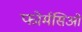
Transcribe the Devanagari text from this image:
फोर्मसिओं